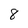
Character: 8